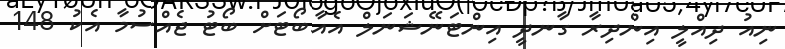
ނިއު ދިއްލީ އިންދިރާ ގާނދީ އިންޓަނޭޝަނަލް އެއާބޯޓަށް ބޯޓު ޖެއްސުމާ އެކު 148